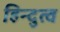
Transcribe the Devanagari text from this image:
हिन्‍दुत्‍व